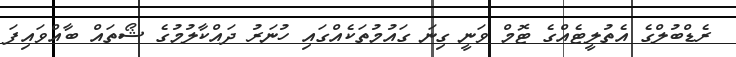
ރެޑްބުލްގެ އެތުލީޓެއްގެ ޓޮމް ވަނީ ގިނަ ގައުމުތަކެއްގައި ހުނަރު ދައްކާލުމުގެ ޝޯތައް ބާއްވައިފަ